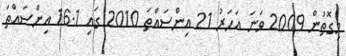
މިގޮތުން 2009 ވަނަ އަހަރު 21 އިންސައްތަ 2010 ގައި 16.1 އިންސައްތަ